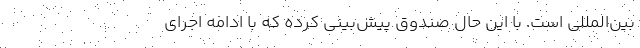
بین‌المللی است. با این حال صندوق پیش‌بینی کرده که با ادامه اجرای